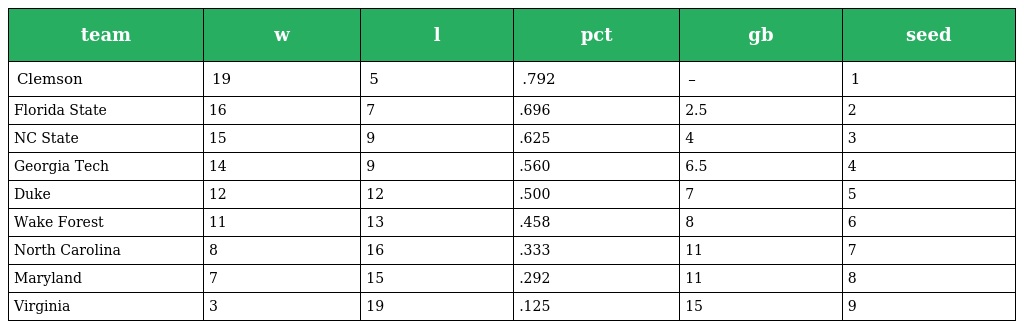
| team | w | l | pct | gb | seed |
 | --- | --- | --- | --- | --- | --- |
 | Clemson | 19 | 5 | .792 | – | 1 |
 | Florida State | 16 | 7 | .696 | 2.5 | 2 |
 | NC State | 15 | 9 | .625 | 4 | 3 |
 | Georgia Tech | 14 | 9 | .560 | 6.5 | 4 |
 | Duke | 12 | 12 | .500 | 7 | 5 |
 | Wake Forest | 11 | 13 | .458 | 8 | 6 |
 | North Carolina | 8 | 16 | .333 | 11 | 7 |
 | Maryland | 7 | 15 | .292 | 11 | 8 |
 | Virginia | 3 | 19 | .125 | 15 | 9 |